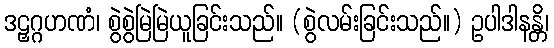
ဒဠှဂ္ဂဟဏံ၊ စွဲစွဲမြဲမြဲယူခြင်းသည်။ (စွဲလမ်းခြင်းသည်။) ဥပါဒါနန္တိ၊